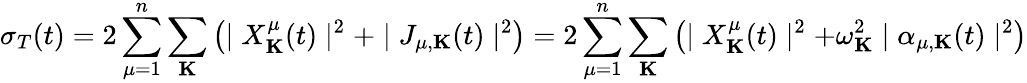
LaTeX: \sigma_{T}(t)=2\sum_{\mu=1}^{n}\sum_{\mathbf K}\left(\mid X_{\mathbf K}^{\mu}(t)\mid^{2}+\mid J_{\mu,{\mathbf K}}(t)\mid^{2}\right)=2\sum_{\mu=1}^{n}\sum_{\mathbf K}\left(\mid X_{\mathbf K}^{\mu}(t)\mid^{2}+\omega_{\mathbf K}^{2}\mid\alpha_{\mu,{\mathbf K}}(t)\mid^{2}\right)